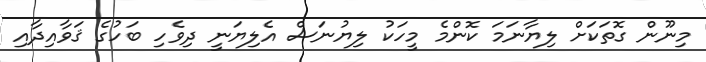
މިނޫން ގޮތަކަށް ލިޔާނަމަ ކޮންމެ މީހަކު ލިޔުނަސް އެލިޔަނީ ދިވެހި ބަހުގެ ޤަވާއިދާއި